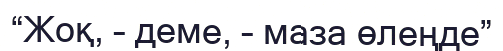
“Жоқ, – деме, – маза өлеңде”